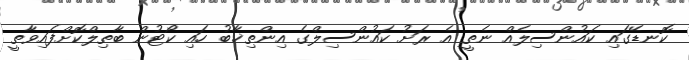
ކޮނޑޭގައި ކައުންސިލެއް ނެތީ އެ ރަށު ކައުންސިލްގެ އިންތިޚާބު ހައި ކޯޓުން ބާތިލްކޮށްފައިވާތީ